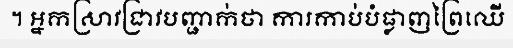
។ អ្នកស្រាវជ្រាវបញ្ជាក់ថា ការកាប់បំផ្លាញព្រៃឈើ